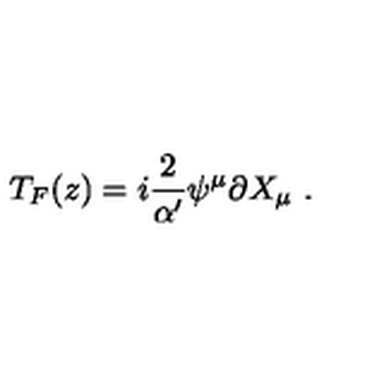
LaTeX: T _ { F } ( z ) = i { \frac { 2 } { \alpha ^ { \prime } } } \psi ^ { \mu } \partial X _ { \mu } \ .